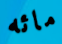
مائه